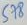
Text: 578